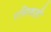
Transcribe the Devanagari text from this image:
रसिकही